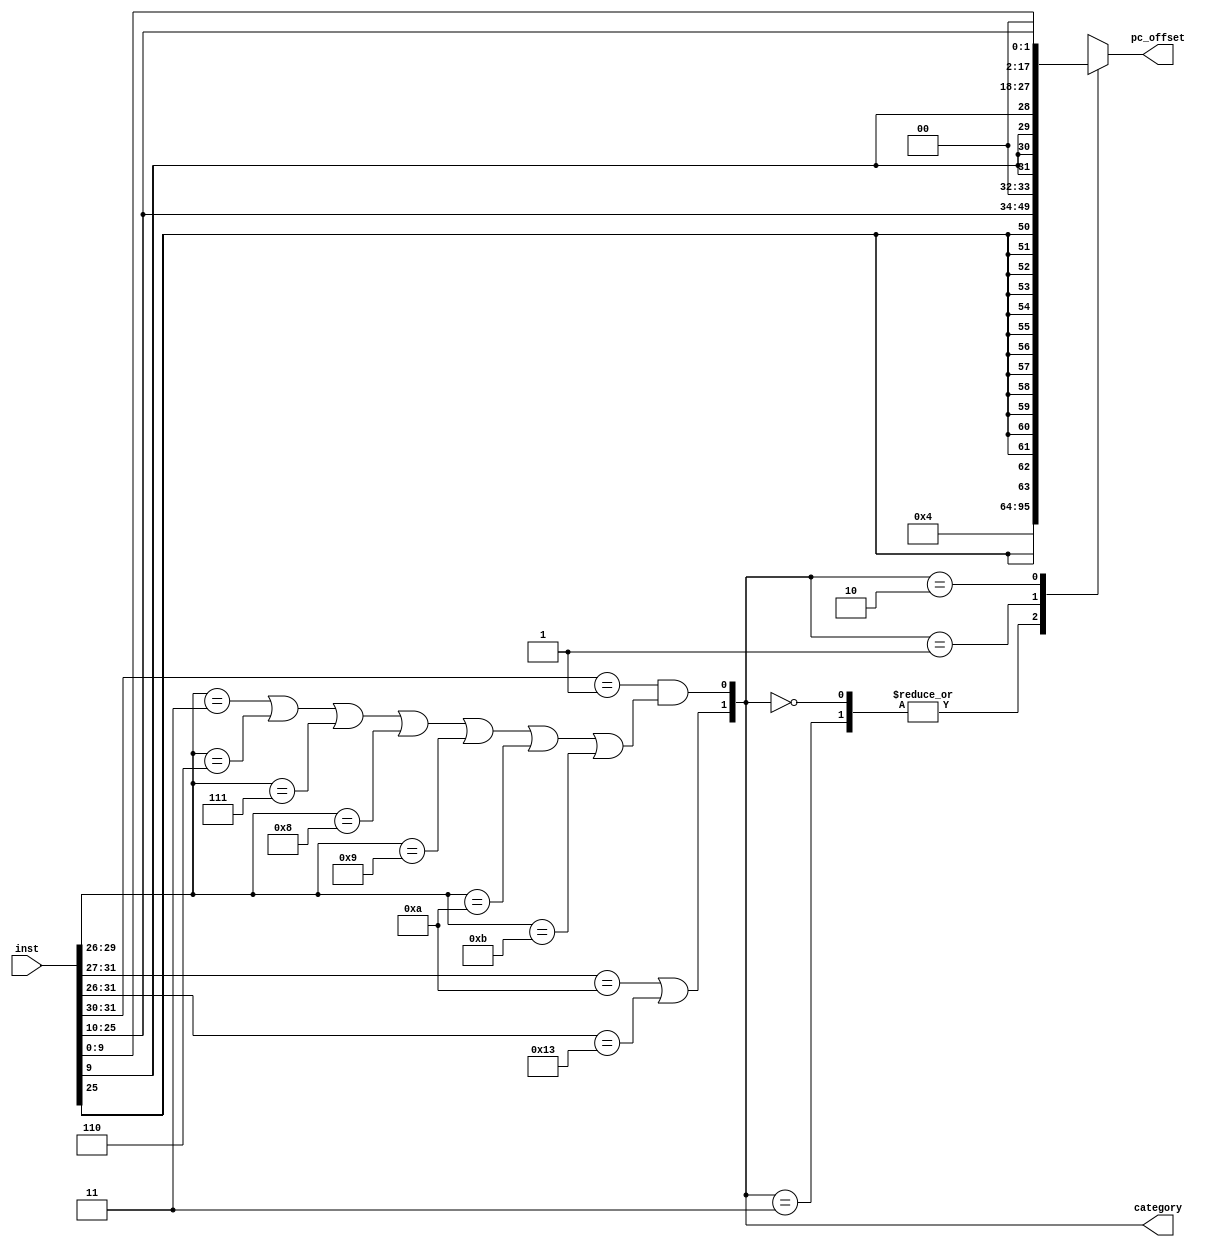
module pre_decoder
(
    input [31:0] inst,
    output [1:0] category,
    output reg [31:0] pc_offset
);
    assign category[1]=inst[31:27]=='b01010||inst[31:26]=='b010011;
    assign category[0]=inst[31:30]=='b01&&(
        inst[29:26]=='b0011 || inst[29:26]=='b0110 ||
        inst[29:26]=='b0111 || inst[29:26]=='b1000 ||
        inst[29:26]=='b1001 || inst[29:26]=='b1010 ||
        inst[29:26]=='b1011 );
    always @*
        case(category)
            2'b00,2'b11: pc_offset = 4;
            2'b01:       pc_offset = {{14{inst[25]}},inst[25:10],2'b00};
            2'b10:       pc_offset = {{4{inst[9]}},inst[9:0],inst[25:10],2'b00};
        endcase
endmodule